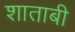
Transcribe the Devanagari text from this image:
शाताबी